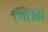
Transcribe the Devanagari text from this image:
छाराब्रा